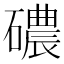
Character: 䃩